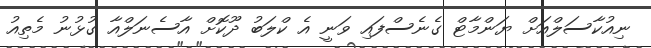
ނިއުކާސަލްއަށް ޔަންމާޓް ގެނެސްފައި ވަނީ އެ ކްލަބު ދޫކޮށް އާސެނަލްއާ ގުޅުނު މެތިއު